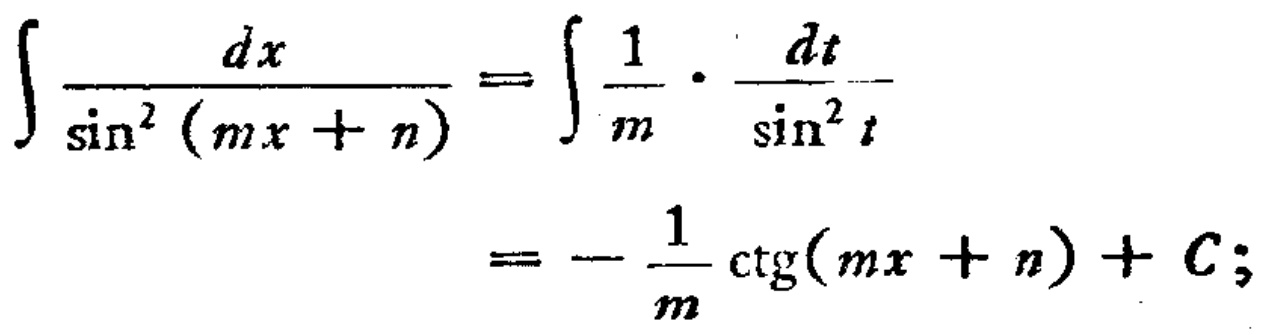
\[\int \frac{dx}{\sin^{2}(mx + n)} = \int \frac{1}{m} \cdot \frac{dt}{\sin^{2}t} = - \frac{1}{m} \operatorname{ctg}(mx + n)+C;\]